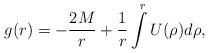
LaTeX: \begin{align*}g(r)=- {2M \over r} +{1 \over r} \int\limits_{}^{r}U(\rho) d\rho ,\end{align*}